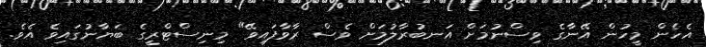
އެހެން މީހުން އޭނާގެ ވިސްނުމަށް އަނބުރާލުމަށް ވެސް ރާވާފައިވޭ" މިނިސްޓްރީގެ ބަޔާނުގައިވެ އެވެ.